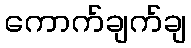
ကောက်ချက်ချ